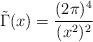
LaTeX: \begin{align*}\tilde {\Gamma} (x) = \frac{(2\pi)^4}{(x^2)^2} \end{align*}